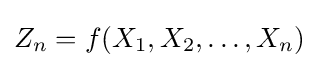
Z_{n}=f(X_{1},X_{2},\dots ,X_{n})